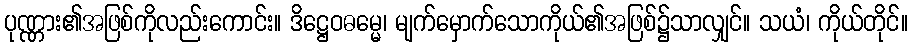
ပုဏ္ဏား၏အဖြစ်ကိုလည်းကောင်း။ ဒိဋ္ဌေဝဓမ္မေ၊ မျက်မှောက်သောကိုယ်၏အဖြစ်၌သာလျှင်။ သယံ၊ ကိုယ်တိုင်။